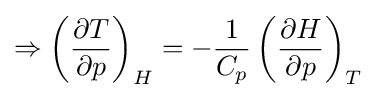
\Rightarrow \left({\frac {\partial T}{\partial p}}\right)_{H}=-{\frac {1}{C_{p}}}\left({\frac {\partial H}{\partial p}}\right)_{T}